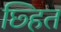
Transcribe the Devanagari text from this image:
छ्हित